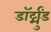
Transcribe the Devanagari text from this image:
डॉर्ट्मुंड